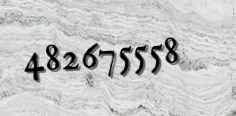
482675558